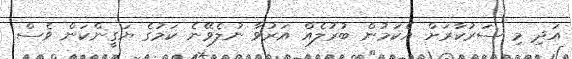
އަދި މި ސަރުކާރަށް އެކަމުން ބުރުލެއް އަރުވާ ނުލެވޭނެ ކަމުގެ ޔަގީންކަން ވެސް